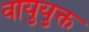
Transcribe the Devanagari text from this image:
वायुयुक्त